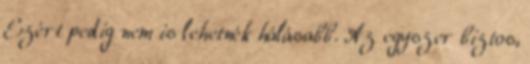
Ezért pedig nem is lehetnék hálásabb. Az egyszer biztos,